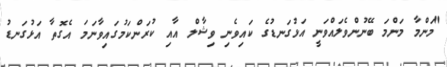
"މަންމާ މަންމަ ބޭނުންވެލައްވަނީ އަޅުގަނޑުގެ ކައިވެނި ވިޝާލް އާއި ކުރަންކަމުގައިވާނަމަ އެގޮތާ އަޅުގަނޑު